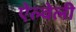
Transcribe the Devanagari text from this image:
ऐल्वेली